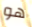
هو